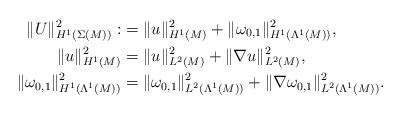
LaTeX: \begin{align*}\|U\|_{H^{1}(\Sigma(M))}^2:&=\|u\|_{H^{1}(M)}^2+\|\omega_{0,1}\|_{H^{1}(\Lambda^{1}(M))}^2,\\\|u\|_{H^{1}(M)}^2&=\|u\|_{L^{2}(M)}^2+\|\nabla u\|_{L^{2}(M)}^2,\\\|\omega_{0,1}\|_{H^{1}(\Lambda^{1}(M))}^2&=\|\omega_{0,1}\|_{L^{2}(\Lambda^{1}(M))}^2+\|\nabla\omega_{0,1}\|_{L^{2}(\Lambda^{1}(M))}^2.\end{align*}